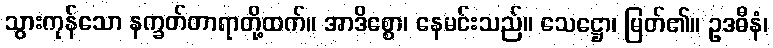
သွားကုန်သော နက္ခတ်တာရာတို့ထက်။ အာဒိစ္စော၊ နေမင်းသည်။ သေဋ္ဌော၊ မြတ်၏။ ဥဒဓီနံ၊